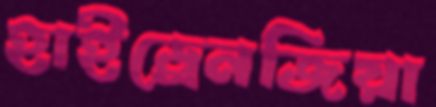
হাইড্রেনজিয়া